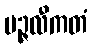
ပဉ္ဇလီကတံ